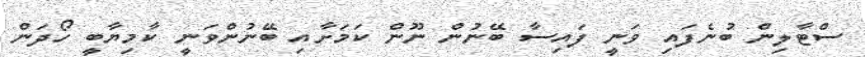
ސްޓާލިން ބުނެފައި ވަނީ ފައިސާ ބޭނުން ނޫން ކަމަށާއި ބޭނުންވަނީ ކާމިޔާބީ ހޯދަން